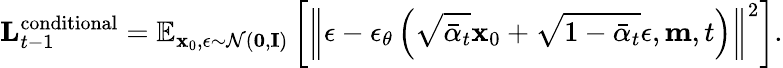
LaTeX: \mathbf{L}_{t-1}^{\mathrm{conditional}}=\mathbb{E}_{\mathbf{x}_{0},\epsilon\sim\mathcal{N}(\mathbf{0},\mathbf{I})}\left[\left\| \epsilon-\epsilon_{\theta}\left(\sqrt{\bar{\alpha}_{t}}\mathbf{x}_{0}+\sqrt{1-\bar{\alpha}_{t}}\epsilon,\mathbf{m},t\right)\right\| ^{2}\right].